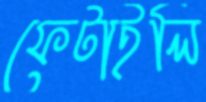
ফেটাইলি